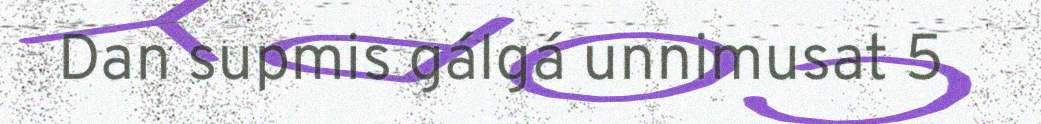
Dan supmis gálgá unnimusat 5